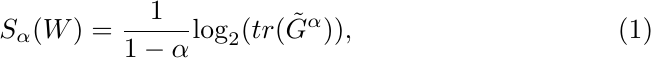
	\begin{equation}
		\label{S_alpha}
		{S_\alpha }(W) = \frac{1}{{1 - \alpha }}{\log _2}(tr({\tilde G^\alpha })),
	\end{equation}